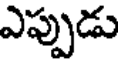
ఎప్పుడు